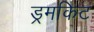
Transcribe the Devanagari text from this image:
ड्रमकिट